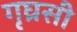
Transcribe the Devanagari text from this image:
गृघ्रसी